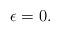
LaTeX: \begin{align*} \epsilon = 0.\end{align*}